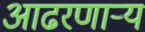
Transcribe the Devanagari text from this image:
आढरणार्‍य